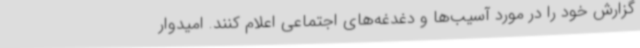
گزارش خود را در مورد آسیب‌ها و دغدغه‌های اجتماعی اعلام کنند. امیدوار